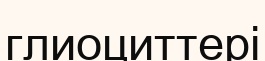
глиоциттері